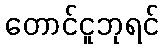
တောင်ငူဘုရင်